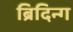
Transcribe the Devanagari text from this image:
ब्रिदिन्ग